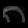
Digit: ၈